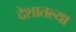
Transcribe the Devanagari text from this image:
देशातल्‍या